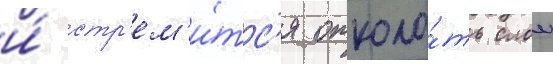
и́ стр'ем'и́тс'я отколо́ть слои